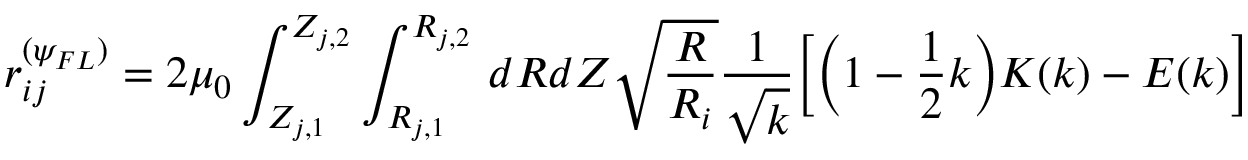
r _ { i j } ^ { ( \psi _ { F L } ) } = 2 \mu _ { 0 } \int _ { Z _ { j , 1 } } ^ { Z _ { j , 2 } } \int _ { R _ { j , 1 } } ^ { R _ { j , 2 } } \, d R d Z \sqrt { \frac { R } { R _ { i } } } \frac { 1 } { \sqrt { k } } \Big [ \Big ( 1 - \frac { 1 } { 2 } k \Big ) K ( k ) - E ( k ) \Big ]